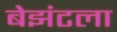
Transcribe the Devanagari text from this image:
बेझंटला